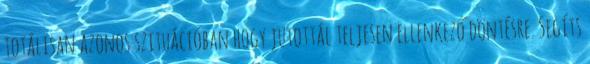
totálisan azonos szituációban hogy jutottál teljesen ellenkező döntésre. Segíts